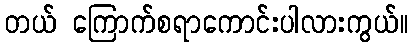
တယ် ကြောက်စရာကောင်းပါလားကွယ်။